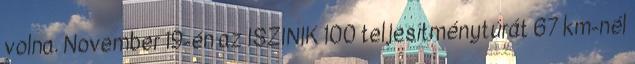
volna. November 19-én az ISZINIK 100 teljesítménytúrát 67 km-nél